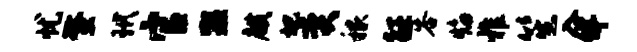
忧螯玳官盥麒圯奕稼征答焰雅笙入佯